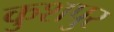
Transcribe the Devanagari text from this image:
कुशपुर